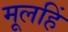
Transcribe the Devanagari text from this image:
मूलहिं